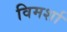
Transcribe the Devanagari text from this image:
विमर्शा